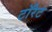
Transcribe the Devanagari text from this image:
टॉरेट